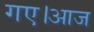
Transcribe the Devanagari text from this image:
गए।आज